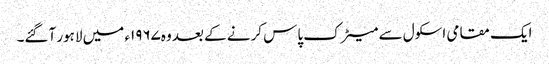
ایک مقامی اسکول سے میٹرک پاس کرنے کے بعد وہ۱۹۶۷ء میں لاہور آگئے۔